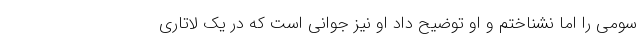
سومی را اما نشناختم و او توضیح داد او نیز جوانی است که در یک لاتاری